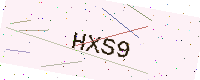
Text: HXS9